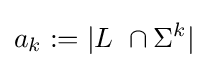
a_{k}:=|L\ \cap \Sigma ^{k}|